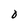
Character: O